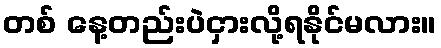
တစ် နေ့တည်းပဲငှားလို့ရနိုင်မလား။